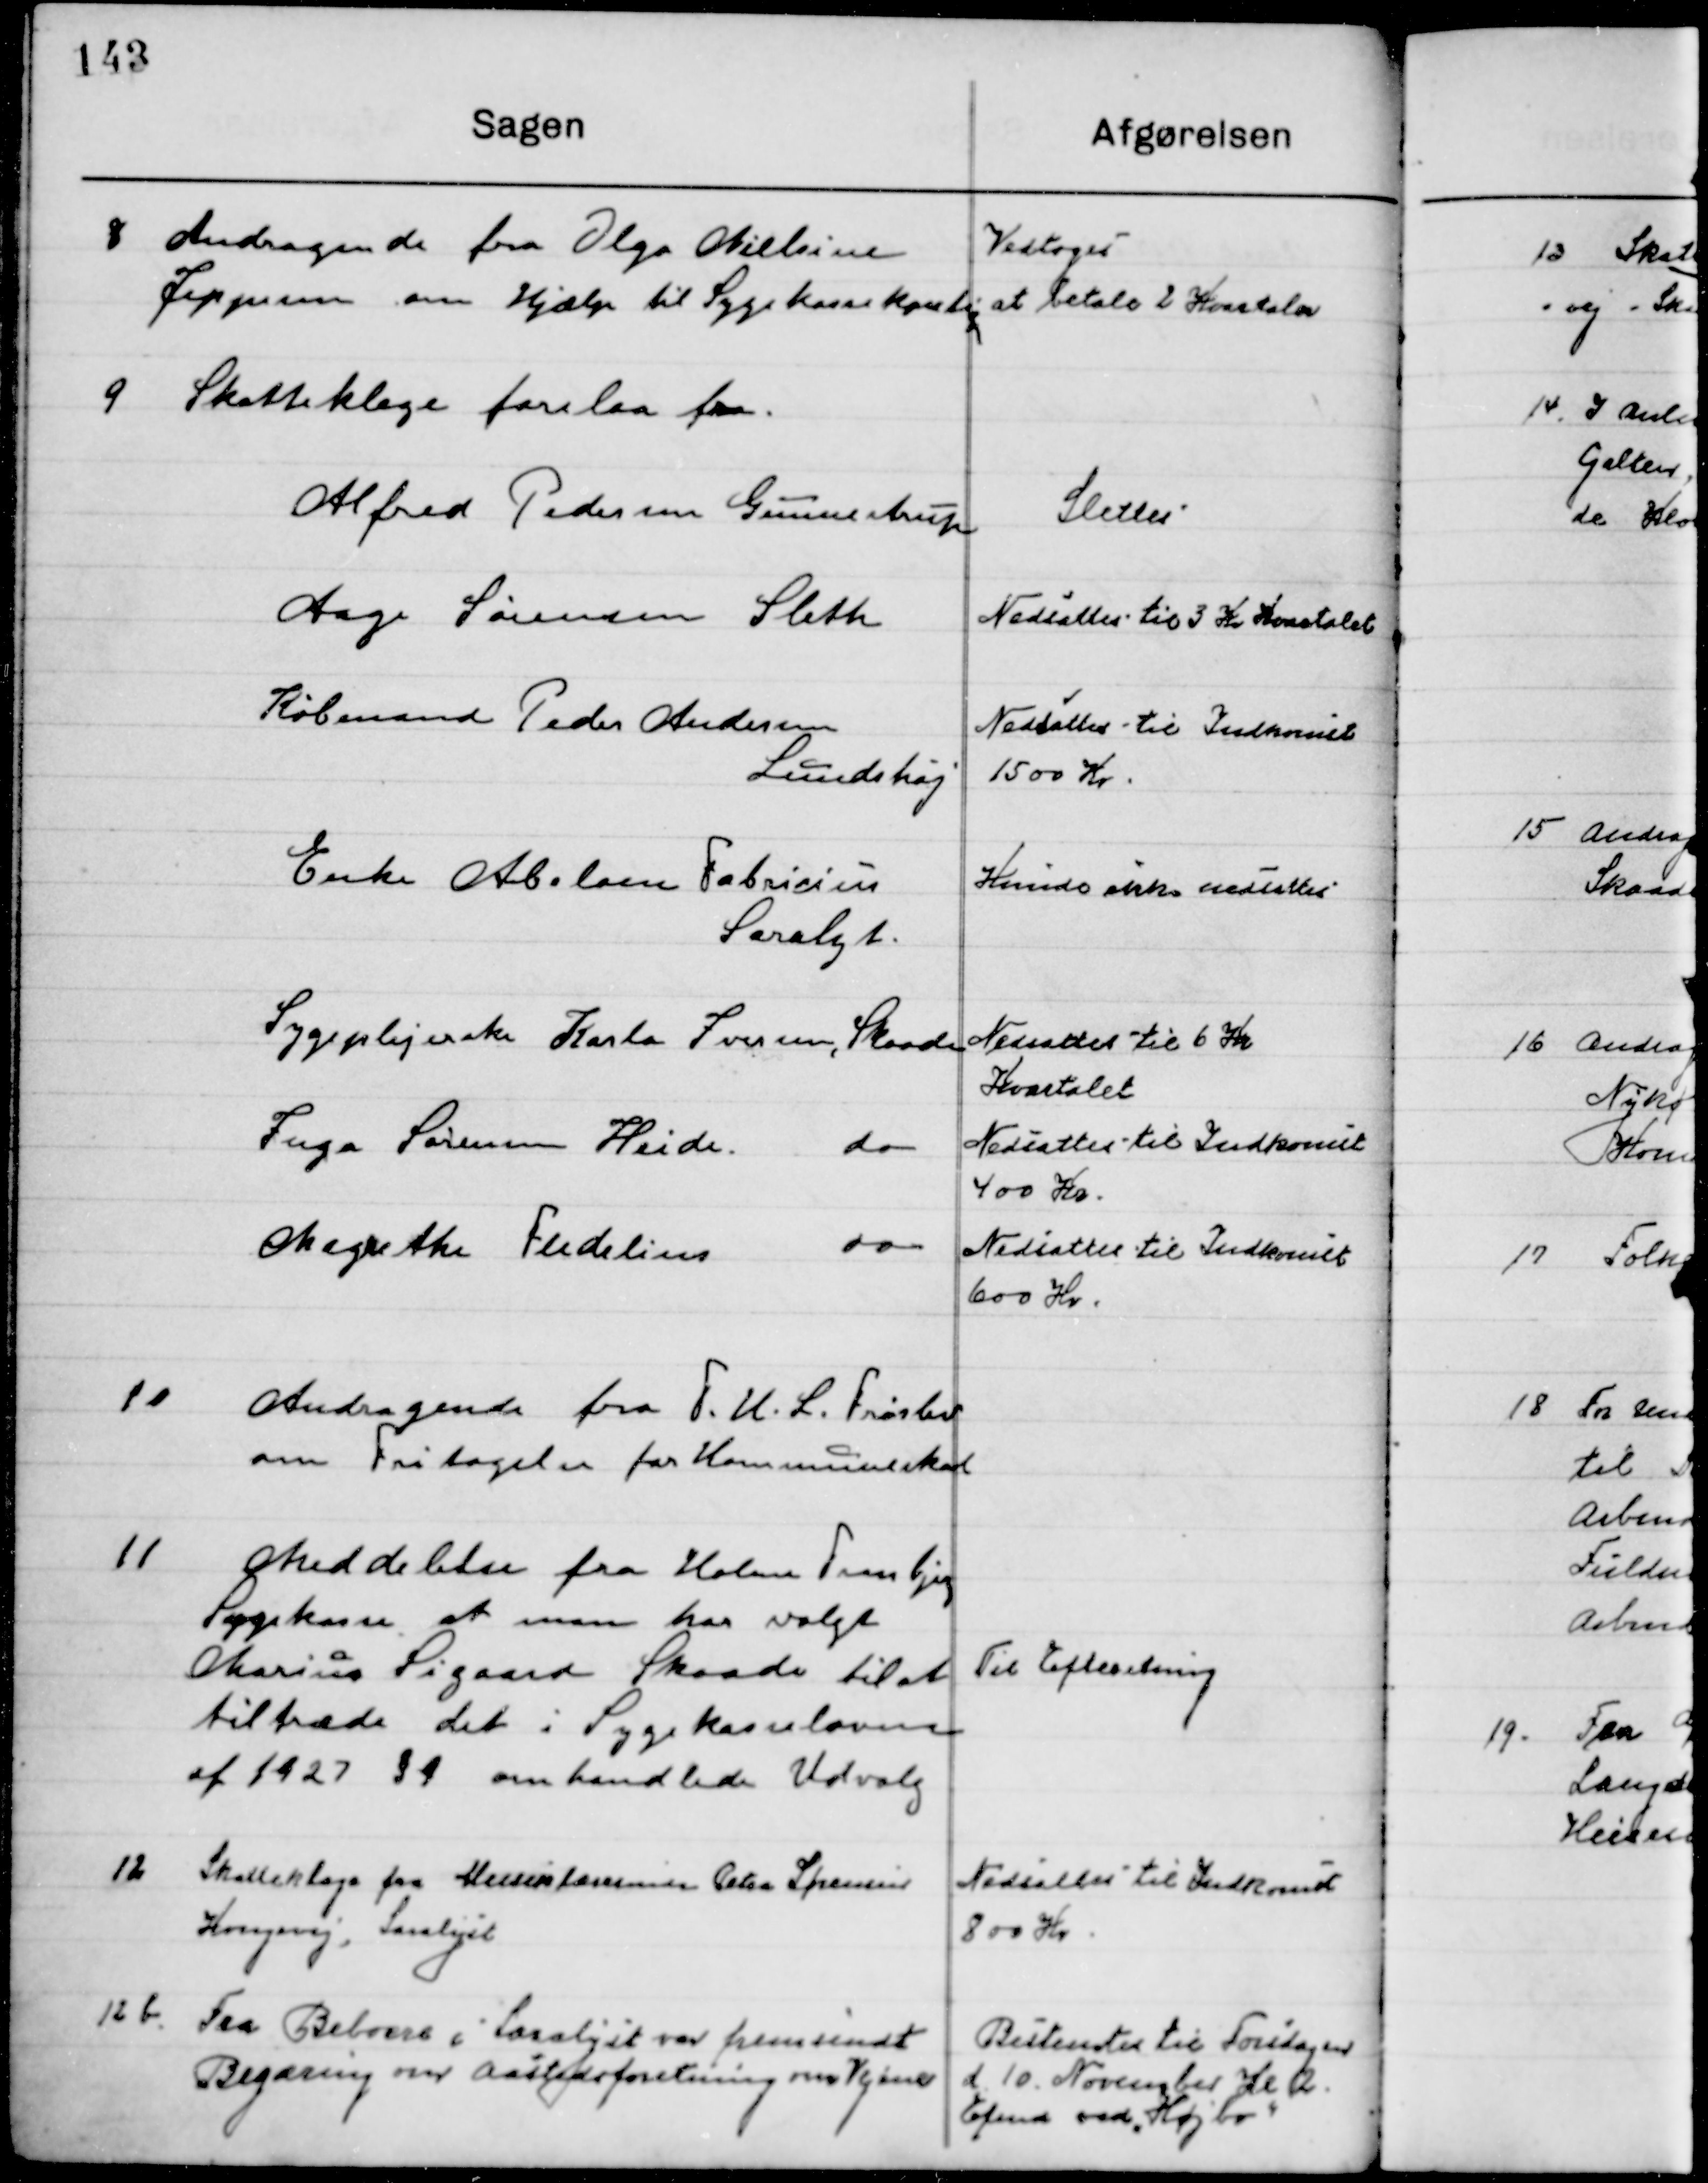
Transskription:
8

Andragende fra Olga Nielsine
Jeppesen om Hjælp til sygekassekontingent

Vedtoges
at betale 2 Kvartaler

9

Skatteklage forelaa fra

10

Andragende fra F.U.L. Frøslev
om Fritagelse fra Kommuneskat

11

Meddelelse fra Holme Tranbjerg
Sygekasse at man har valgt
Marius Sisgaard Skaade til at 
Tiltræde det i Sygekasseloven 
af 1927 § 4 omhandlede Udvalg

Til Efterretning

12

Skatteklage fra Musiklærerinde Petra Sørensen
Kongevej, Saralyst

Nedsættes til Indkomst 
800 Kr.

12 b

Fra beboerne i Saralyst var fremsendt
Begæring om Aasteds forretning om Vejene

Bestemtes til Torsdagen
d. 10. November Kl. 12
Eftmd ved ”Højbo”